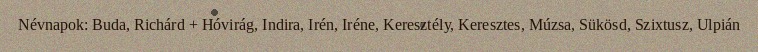
Névnapok: Buda, Richárd + Hóvirág, Indira, Irén, Iréne, Keresztély, Keresztes, Múzsa, Sükösd, Szixtusz, Ulpián